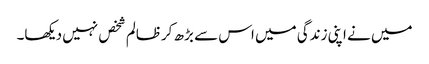
میں نے اپنی زندگی میں اس سے بڑھ کرظالم شخص نہیں دیکھا۔